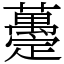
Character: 𧄌